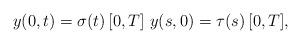
LaTeX: \begin{align*}y(0,t)=\sigma(t)\,[0,T]\,\,y(s,0)=\tau(s)\,[0,T],\end{align*}